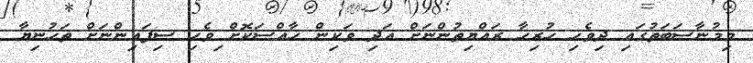
މިމުނާސަބަތުގައި ދިވެހި ހުރިހާ ރައްޔިތުންނަށް އަދި ވަކިން ޚާއްސަކޮށް ިވެހި ސިފައިންނަށް ތަހުނިޔާ